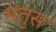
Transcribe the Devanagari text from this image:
मंतुस